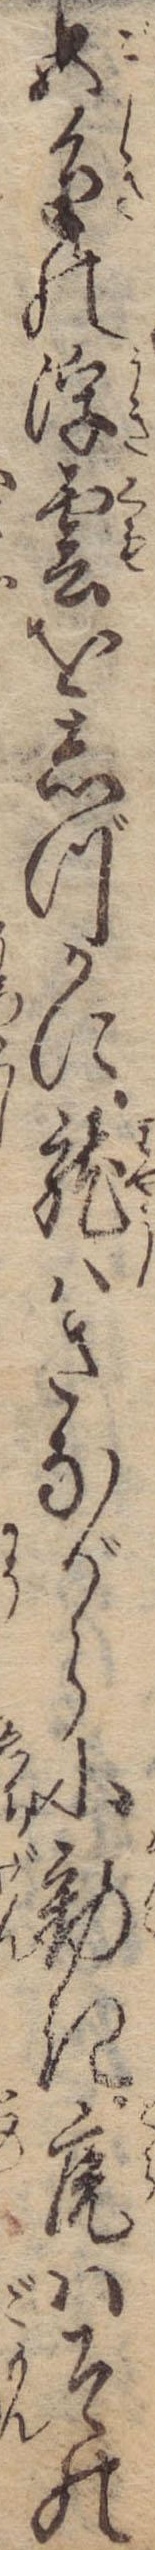
五色の浮雲をしづかに竜はさながらに動き虎はその